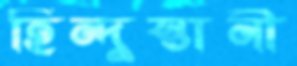
হিন্দুস্তানী